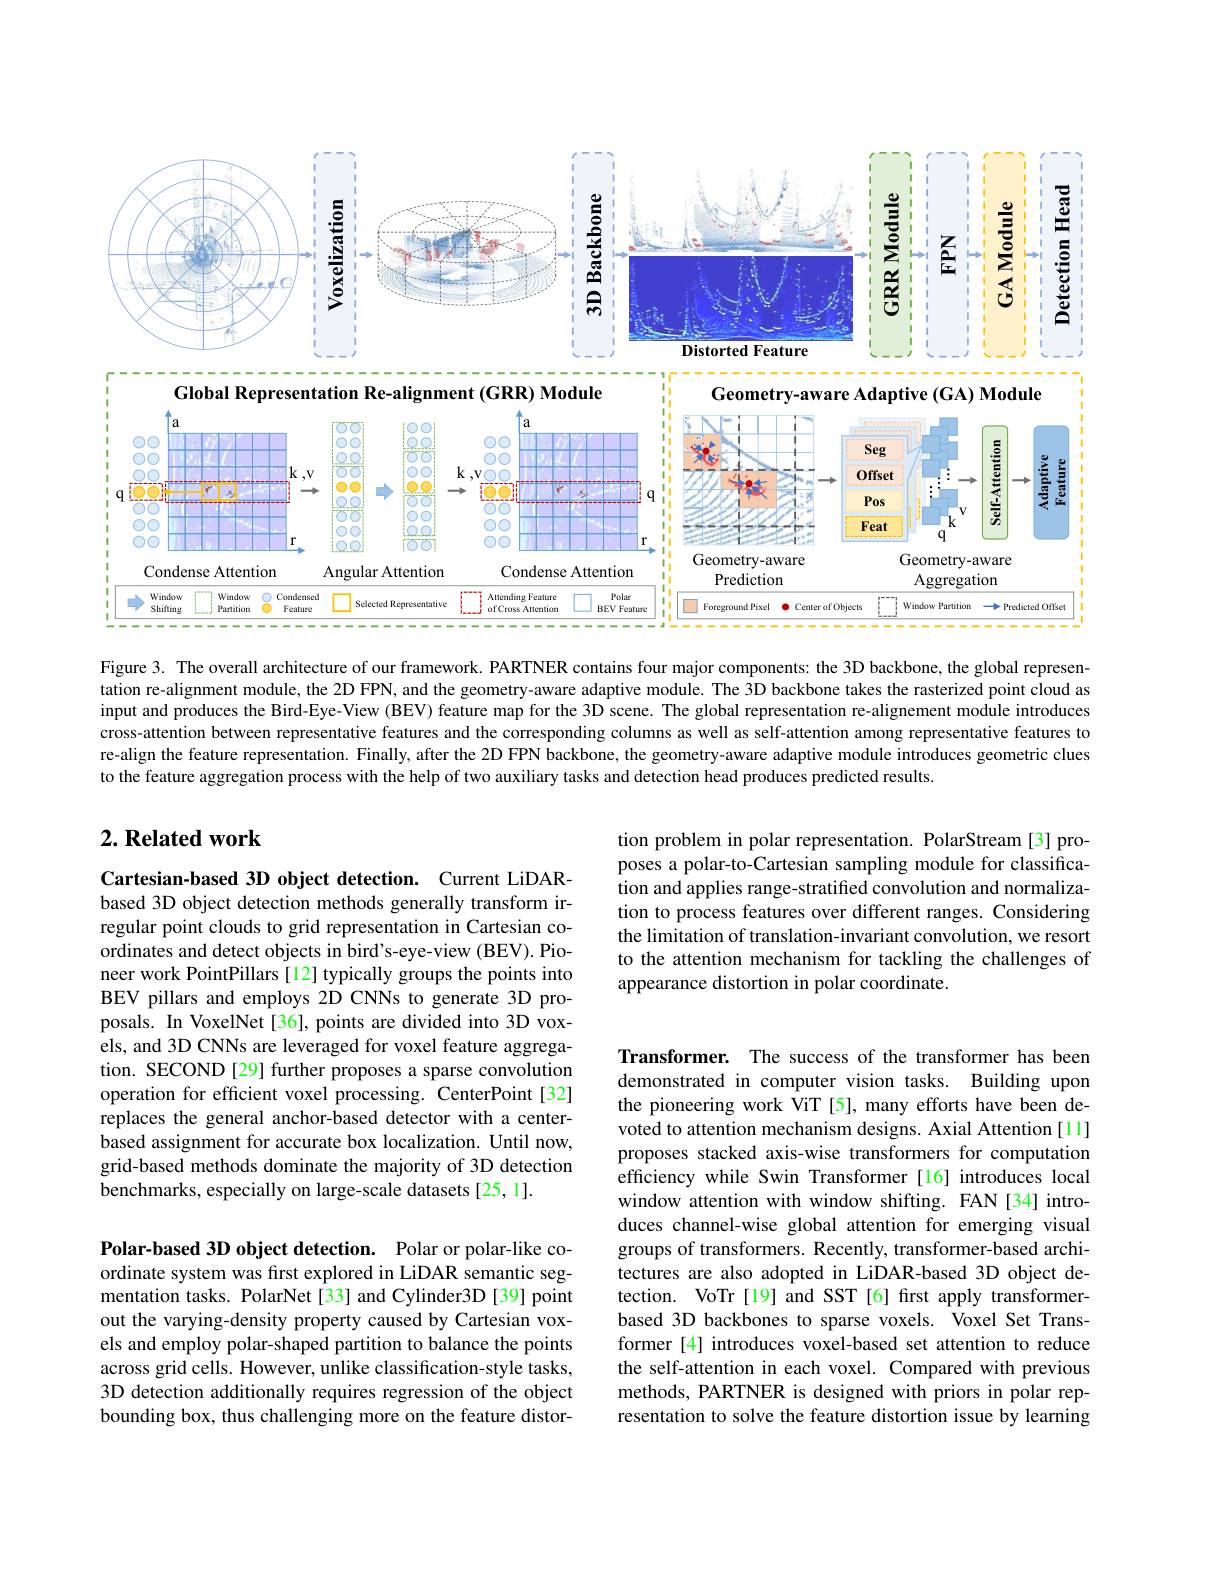
<FigureHere>

Figure 3. The overall architecture of our framework. PARTNER contains four major components: the 3D backbone, the global representation re-alignment module, the 2D FPN, and the geometry-aware adaptive module. The 3D backbone takes the rasterized point cloud as input and produces the Bird-Eye-View (BEV) feature map for the 3D scene. The global representation re-alignement module introduces cross-attention between representative features and the corresponding columns as well as self-attention among representative features to re-align the feature representation. Finally, after the 2D FPN backbone, the geometry-aware adaptive module introduces geometric clues to the feature aggregation process with the help of two auxiliary tasks and detection head produces predicted results.

## $2. \textbf{Related work}$

tion problem in polar representation. PolarStream[3] proposes a polar-to-Cartesian sampling module for classification and applies range-stratified convolution and normalization to process features over different ranges. Considering the limitation of translation-invariant convolution, we resort to the attention mechanism for tackling the challenges of appearance distortion in polar coordinate.

Cartesian-based 3D object detection. Current LiDARbased 3D object detection methods generally transform irregular point clouds to grid representation in Cartesian coordinates and detect objects in bird's-eye-view (BEV). Pioneer work PointPillars [12] typically groups the points into BEV pillars and employs 2D CNNs to generate 3D proposals. In VoxelNet[36], points are divided into 3D voxels, and 3D CNNs are leveraged for voxel feature aggregation. SECOND [29] further proposes a sparse convolution operation for efficient voxel processing. CenterPoint[32] replaces the general anchor-based detector with a centerbased assignment for accurate box localization. Until now, grid-based methods dominate the majority of 3D detection benchmarks, especially on large-scale datasets [25,1].

Transformer. The success of the transformer has been demonstrated in computer vision tasks. Building upon the pioneering work ViT [5], many efforts have been devoted to attention mechanism designs. Axial Attention [11] proposes stacked axis-wise transformers for computation efficiency while Swin Transformer[16] introduces local window attention with window shifting. FAN[34] introduces channel-wise global attention for emerging visual groups of transformers. Recently, transformer-based architectures are also adopted in LiDAR-based 3D object detection. VoTr[19] and SST[6] first apply transformerbased 3D backbones to sparse voxels. Voxel Set Transformer [4] introduces voxel-based set attention to reduce the self-attention in each voxel. Compared with previous methods, PARTNER is designed with priors in polar representation to solve the feature distortion issue by learning

Polar-based 3D object detection. Polar or polar-like coordinate system was frst explored in LiDAR semantic segmentation tasks. PolarNet[33] and Cylinder3D [39] point out the varying-density property caused by Cartesian voxels and employ polar-shaped partition to balance the points across grid cells. However, unlike classification-style tasks, 3D detection additionally requires regression of the object bounding box, thus challenging more on the feature distor-